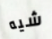
شيه